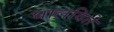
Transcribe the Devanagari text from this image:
घालविते